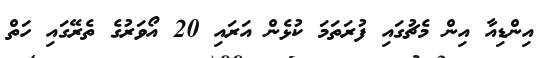
އިންޑިއާ އިން މެޗުގައި ފުރަތަމަ ކުޅެން އަރައި 20 އޯވަރުގެ ތެރޭގައި ހަތް